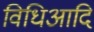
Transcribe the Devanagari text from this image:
विधिआदि